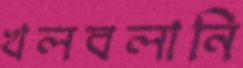
খলবলানি